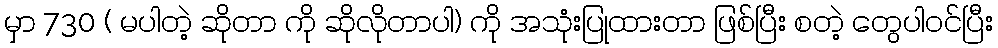
မှာ 730 ( မပါတဲ့ ဆိုတာ ကို ဆိုလိုတာပါ) ကို အသုံးပြုထားတာ ဖြစ်ပြီး စတဲ့ တွေပါဝင်ပြီး